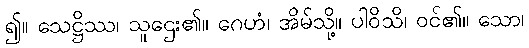
၍။ သေဋ္ဌိဿ၊ သူဌေး၏။ ဂေဟံ၊ အိမ်သို့။ ပါဝိသိ၊ ဝင်၏။ သော၊